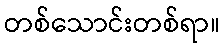
တစ်သောင်းတစ်ရာ။